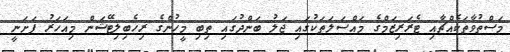
މަސްތުވާތަކެއްޗާއި ޓެރަރިޒަމްގެ މައްސަލަތަކުގައި ޖަލު ބަންދުގައި ތިބި މީހުންގެ ރިހެބިލިޓޭޝަން މިއަހަރު ފަށަނީ